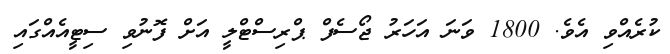
ކުރެއްވި އެވެ. 1800 ވަނަ އަހަރު ޖޯސެފް ޕްރިސްޓްލީ އަށް ފޮނުވި ސިޓީއެއްގައި